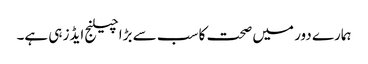
ہمارے دور میں صحت کا سب سے بڑا چیلنج ایڈز ہی ہے۔